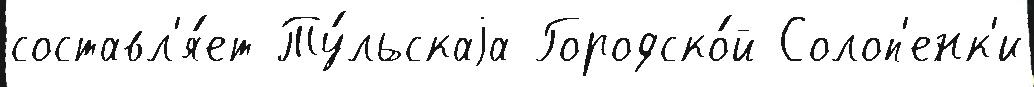
составл'я́ет Ту́льскаjа Городско́й Солоп'енк'и